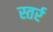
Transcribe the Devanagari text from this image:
स्तर्र